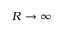
R \rightarrow \infty